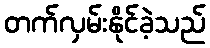
တက်လှမ်းနိုင်ခဲ့သည်